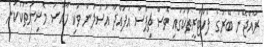
ރާއްޖޭން ބޭރުގެ ފެކްޓްރީތަކުގައި ވެސް ޗިޕްސް އުފައްދާ އުސޫލުން ވަކި ހާއްސަ މެޝިނުތަކަކުން